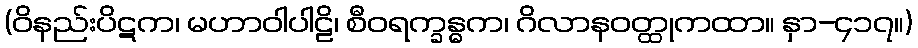
(ဝိနည်းပိဋက၊ မဟာဝါပါဠိ၊ စီဝရက္ခန္ဓက၊ ဂိလာနဝတ္ထုကထာ။ နှာ-၄၁၇။)